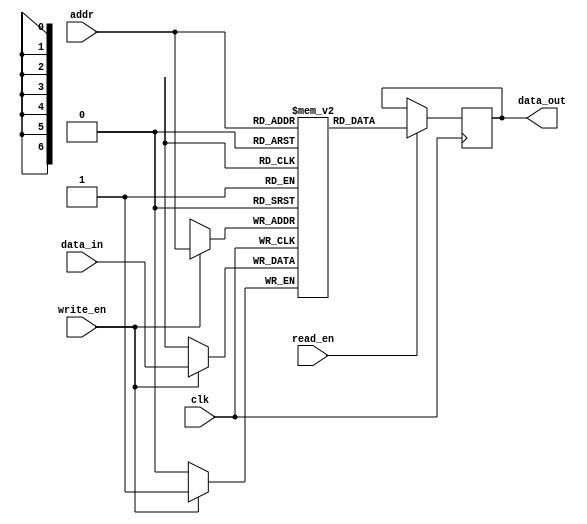
module sram (
    input wire clk,
    input wire read_en,
    input wire write_en,
    input wire [addr_width-1:0] addr,
    input wire [data_width-1:0] data_in,
    output reg [data_width-1:0] data_out
);

parameter rows = 16;
parameter cols = 8;
parameter addr_width = $clog2(rows * cols);
parameter data_width = 1;

reg [data_width-1:0] memory [0:rows*cols-1];

always @(posedge clk) begin
    if (read_en) begin
        data_out <= memory[addr];
    end
    if (write_en) begin
        memory[addr] <= data_in;
    end
end

endmodule